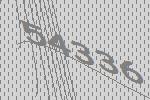
54336